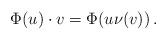
LaTeX: \begin{align*} \Phi(u)\cdot v = \Phi(u \nu(v))\,. \end{align*}